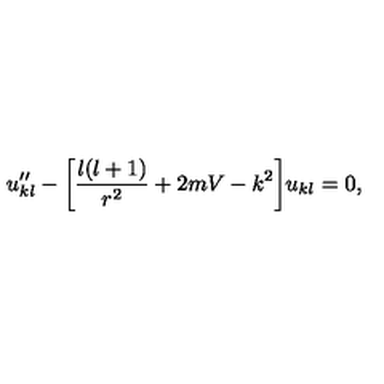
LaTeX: u _ { k l } ^ { \prime \prime } - \bigg \lbrack \frac { l ( l + 1 ) } { r ^ { 2 } } + 2 m V - k ^ { 2 } \bigg \rbrack u _ { k l } = 0 ,